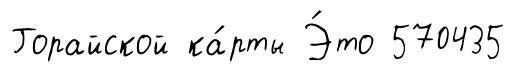
Горайской ка́рты Э́то 570435